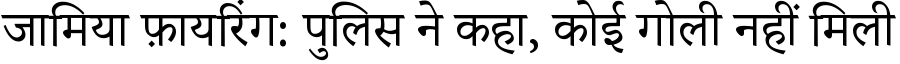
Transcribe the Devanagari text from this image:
जामिया फ़ायरिंग: पुलिस ने कहा, कोई गोली नहीं मिली